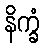
နိက္ခံ